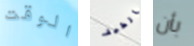
الوقت الطيف بأن